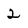
Character: 2